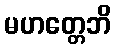
မဟတ္တေဘိ